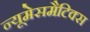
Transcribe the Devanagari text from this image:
न्यूमेसमैटिक्स